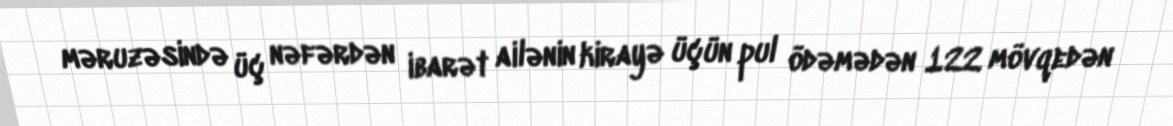
məruzəsində üç nəfərdən ibarət ailənin kirayə üçün pul ödəmədən 122 mövqedən